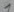
Text: 1